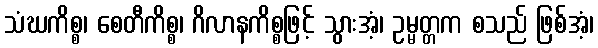
သံဃကိစ္စ၊ စေတီကိစ္စ၊ ဂိလာနကိစ္စဖြင့် သွားအံ့၊ ဥမ္မတ္တက စသည် ဖြစ်အံ့၊